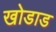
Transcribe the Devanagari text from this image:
खोडाड